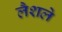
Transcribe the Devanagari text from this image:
लैशले